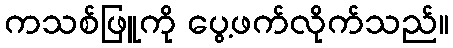
ကသစ်ဖြူကို ပွေ့ဖက်လိုက်သည်။